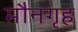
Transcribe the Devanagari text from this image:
मौनगृह